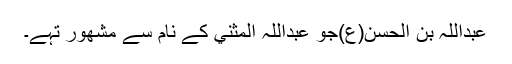
عبداللہ بن الحسن(ع)جو عبداللہ المثني کے نام سے مشھور تہے۔